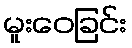
မူးဝေခြင်း